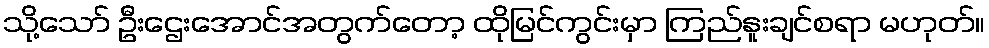
သို့သော် ဦးဌေးအောင်အတွက်တော့ ထိုမြင်ကွင်းမှာ ကြည်နူးချင်စရာ မဟုတ်။